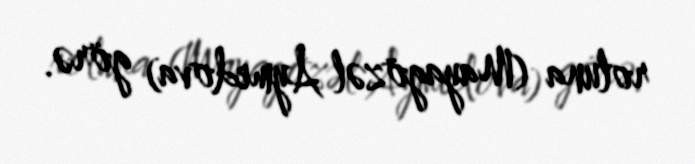
roluna (Mayagözəl Aymedova) görə.